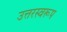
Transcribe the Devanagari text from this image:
उत्तरस्वरूप